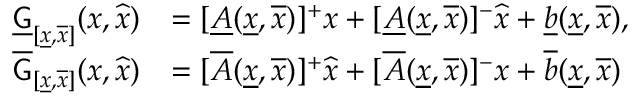
\begin{array} { r l } { \underline { { \mathsf { G } } } _ { [ \underline { { x } } , \overline { { x } } ] } ( x , \widehat { x } ) } & { = [ \underline { { A } } ( \underline { { x } } , \overline { { x } } ) ] ^ { + } x + [ \underline { { A } } ( \underline { { x } } , \overline { { x } } ) ] ^ { - } \widehat { x } + \underline { { b } } ( \underline { { x } } , \overline { { x } } ) , } \\ { \overline { { \mathsf { G } } } _ { [ \underline { { x } } , \overline { { x } } ] } ( x , \widehat { x } ) } & { = [ \overline { { A } } ( \underline { { x } } , \overline { { x } } ) ] ^ { + } \widehat { x } + [ \overline { { A } } ( \underline { { x } } , \overline { { x } } ) ] ^ { - } x + \overline { { b } } ( \underline { { x } } , \overline { { x } } ) } \end{array}